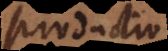
productio